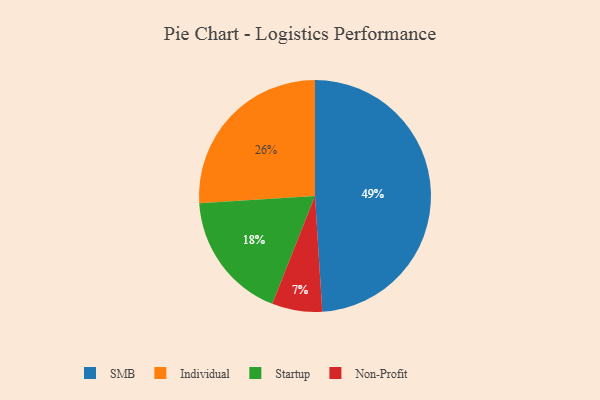
{"axis": {"x": "Category", "y": "Percentage"}, "legend": ["Individual", "Non-Profit", "SMB", "Startup"], "data": [{"x": "SMB", "y": 49, "type": "SMB"}, {"x": "Non-Profit", "y": 7, "type": "Non-Profit"}, {"x": "Startup", "y": 18, "type": "Startup"}, {"x": "Individual", "y": 26, "type": "Individual"}]}